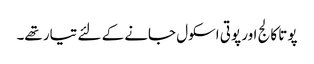
پوتا کالج اور پوتی اسکول جانے کے لئے تیار تھے۔